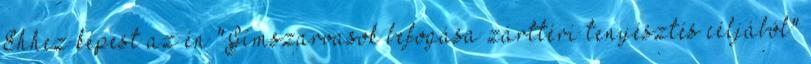
Ehhez képest az én "Gímszarvasok befogása zárttéri tenyésztés céljából"